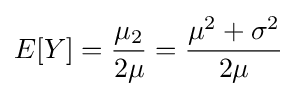
E[Y]={\frac {\mu _{2}}{2\mu }}={\frac {\mu ^{2}+\sigma ^{2}}{2\mu }}